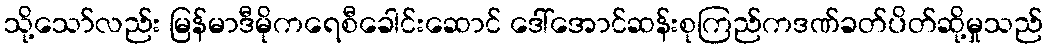
သို့သော်လည်း မြန်မာဒီမိုကရေစီခေါင်းဆောင် ဒေါ်အောင်ဆန်းစုကြည်ကဒဏ်ခတ်ပိတ်ဆို့မှုသည်